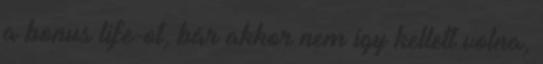
a bonus life-ot, bár akkor nem így kellett volna,